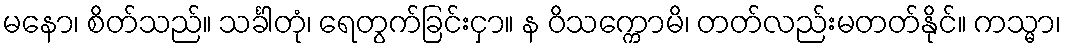
မနော၊ စိတ်သည်။ သင်္ခါတုံ၊ ရေတွက်ခြင်းငှာ။ န ဝိသက္ကောမိ၊ တတ်လည်းမတတ်နိုင်။ ကသ္မာ၊